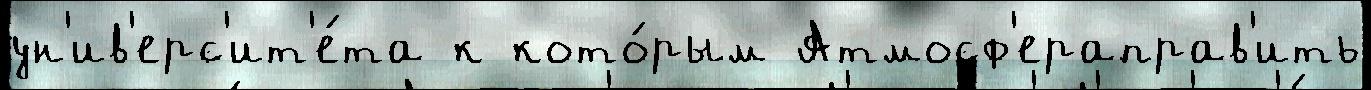
ун'ив'ерс'ит'е́та к кото́рым Атмосф'ераправ'ить